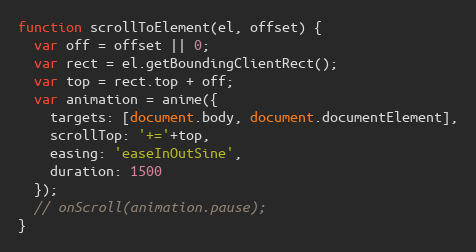
Language: JavaScript
function scrollToElement(el, offset) {
  var off = offset || 0;
  var rect = el.getBoundingClientRect();
  var top = rect.top + off;
  var animation = anime({
    targets: [document.body, document.documentElement],
    scrollTop: '+='+top,
    easing: 'easeInOutSine',
    duration: 1500
  });
  // onScroll(animation.pause);
}